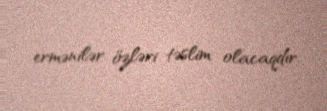
ermənilər özləri təslim olacaqdır.